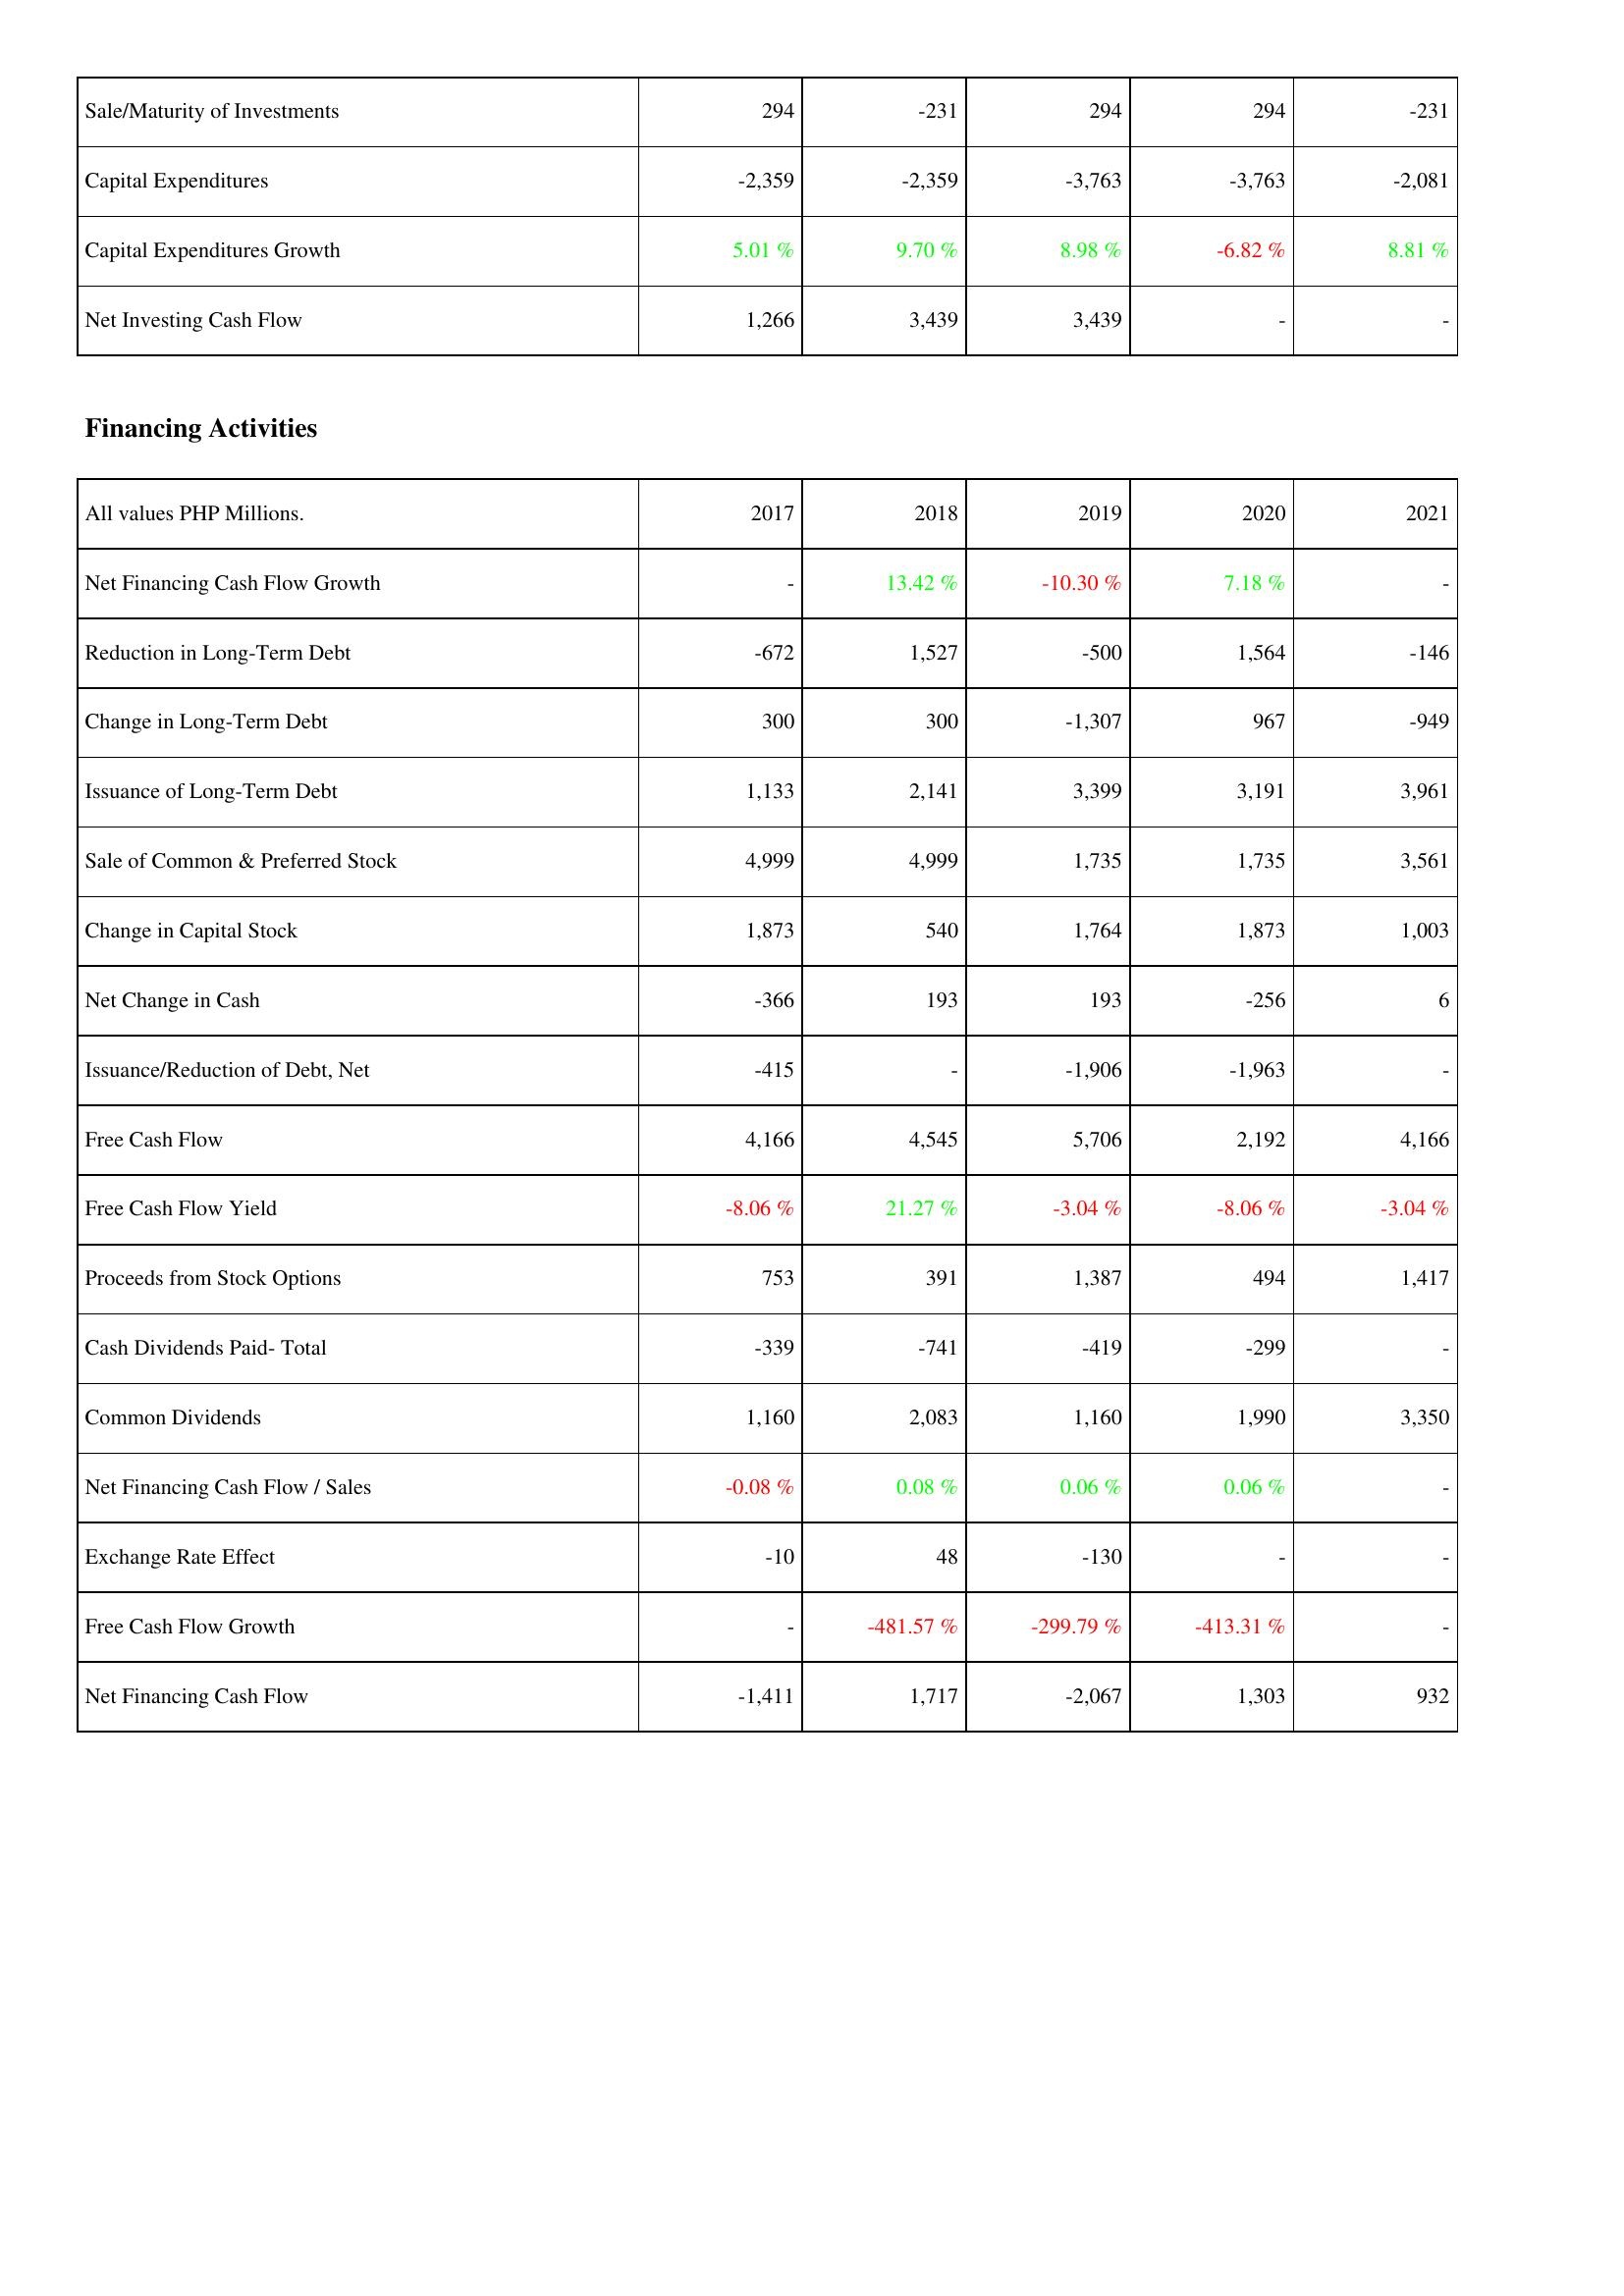
2017: Investing Activities: Sale/Maturity of Investments: 294
Capital Expenditures: -2,359
Capital Expenditures Growth: 5.01 %
Net Investing Cash Flow: 1,266
Financing Activities: Net Financing Cash Flow Growth: -
Reduction in Long-Term Debt: -672
Change in Long-Term Debt: 300
Issuance of Long-Term Debt: 1,133
Sale of Common & Preferred Stock: 4,999
Change in Capital Stock: 1,873
Net Change in Cash: -366
Issuance/Reduction of Debt, Net: -415
Free Cash Flow: 4,166
Free Cash Flow Yield: -8.06 %
Proceeds from Stock Options: 753
Cash Dividends Paid- Total: -339
Common Dividends: 1,160
Net Financing Cash Flow / Sales: -0.08 %
Exchange Rate Effect: -10
Free Cash Flow Growth: -
Net Financing Cash Flow: -1,411
2018: Investing Activities: Sale/Maturity of Investments: -231
Capital Expenditures: -2,359
Capital Expenditures Growth: 9.70 %
Net Investing Cash Flow: 3,439
Financing Activities: Net Financing Cash Flow Growth: 13.42 %
Reduction in Long-Term Debt: 1,527
Change in Long-Term Debt: 300
Issuance of Long-Term Debt: 2,141
Sale of Common & Preferred Stock: 4,999
Change in Capital Stock: 540
Net Change in Cash: 193
Issuance/Reduction of Debt, Net: -
Free Cash Flow: 4,545
Free Cash Flow Yield: 21.27 %
Proceeds from Stock Options: 391
Cash Dividends Paid- Total: -741
Common Dividends: 2,083
Net Financing Cash Flow / Sales: 0.08 %
Exchange Rate Effect: 48
Free Cash Flow Growth: -481.57 %
Net Financing Cash Flow: 1,717
2019: Investing Activities: Sale/Maturity of Investments: 294
Capital Expenditures: -3,763
Capital Expenditures Growth: 8.98 %
Net Investing Cash Flow: 3,439
Financing Activities: Net Financing Cash Flow Growth: -10.30 %
Reduction in Long-Term Debt: -500
Change in Long-Term Debt: -1,307
Issuance of Long-Term Debt: 3,399
Sale of Common & Preferred Stock: 1,735
Change in Capital Stock: 1,764
Net Change in Cash: 193
Issuance/Reduction of Debt, Net: -1,906
Free Cash Flow: 5,706
Free Cash Flow Yield: -3.04 %
Proceeds from Stock Options: 1,387
Cash Dividends Paid- Total: -419
Common Dividends: 1,160
Net Financing Cash Flow / Sales: 0.06 %
Exchange Rate Effect: -130
Free Cash Flow Growth: -299.79 %
Net Financing Cash Flow: -2,067
2020: Investing Activities: Sale/Maturity of Investments: 294
Capital Expenditures: -3,763
Capital Expenditures Growth: -6.82 %
Net Investing Cash Flow: -
Financing Activities: Net Financing Cash Flow Growth: 7.18 %
Reduction in Long-Term Debt: 1,564
Change in Long-Term Debt: 967
Issuance of Long-Term Debt: 3,191
Sale of Common & Preferred Stock: 1,735
Change in Capital Stock: 1,873
Net Change in Cash: -256
Issuance/Reduction of Debt, Net: -1,963
Free Cash Flow: 2,192
Free Cash Flow Yield: -8.06 %
Proceeds from Stock Options: 494
Cash Dividends Paid- Total: -299
Common Dividends: 1,990
Net Financing Cash Flow / Sales: 0.06 %
Exchange Rate Effect: -
Free Cash Flow Growth: -413.31 %
Net Financing Cash Flow: 1,303
2021: Investing Activities: Sale/Maturity of Investments: -231
Capital Expenditures: -2,081
Capital Expenditures Growth: 8.81 %
Net Investing Cash Flow: -
Financing Activities: Net Financing Cash Flow Growth: -
Reduction in Long-Term Debt: -146
Change in Long-Term Debt: -949
Issuance of Long-Term Debt: 3,961
Sale of Common & Preferred Stock: 3,561
Change in Capital Stock: 1,003
Net Change in Cash: 6
Issuance/Reduction of Debt, Net: -
Free Cash Flow: 4,166
Free Cash Flow Yield: -3.04 %
Proceeds from Stock Options: 1,417
Cash Dividends Paid- Total: -
Common Dividends: 3,350
Net Financing Cash Flow / Sales: -
Exchange Rate Effect: -
Free Cash Flow Growth: -
Net Financing Cash Flow: 932